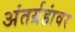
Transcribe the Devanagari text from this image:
अंतर्ग्रहांवर